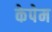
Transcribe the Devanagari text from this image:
केपेम